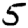
Digit: 5